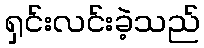
ရှင်းလင်းခဲ့သည်